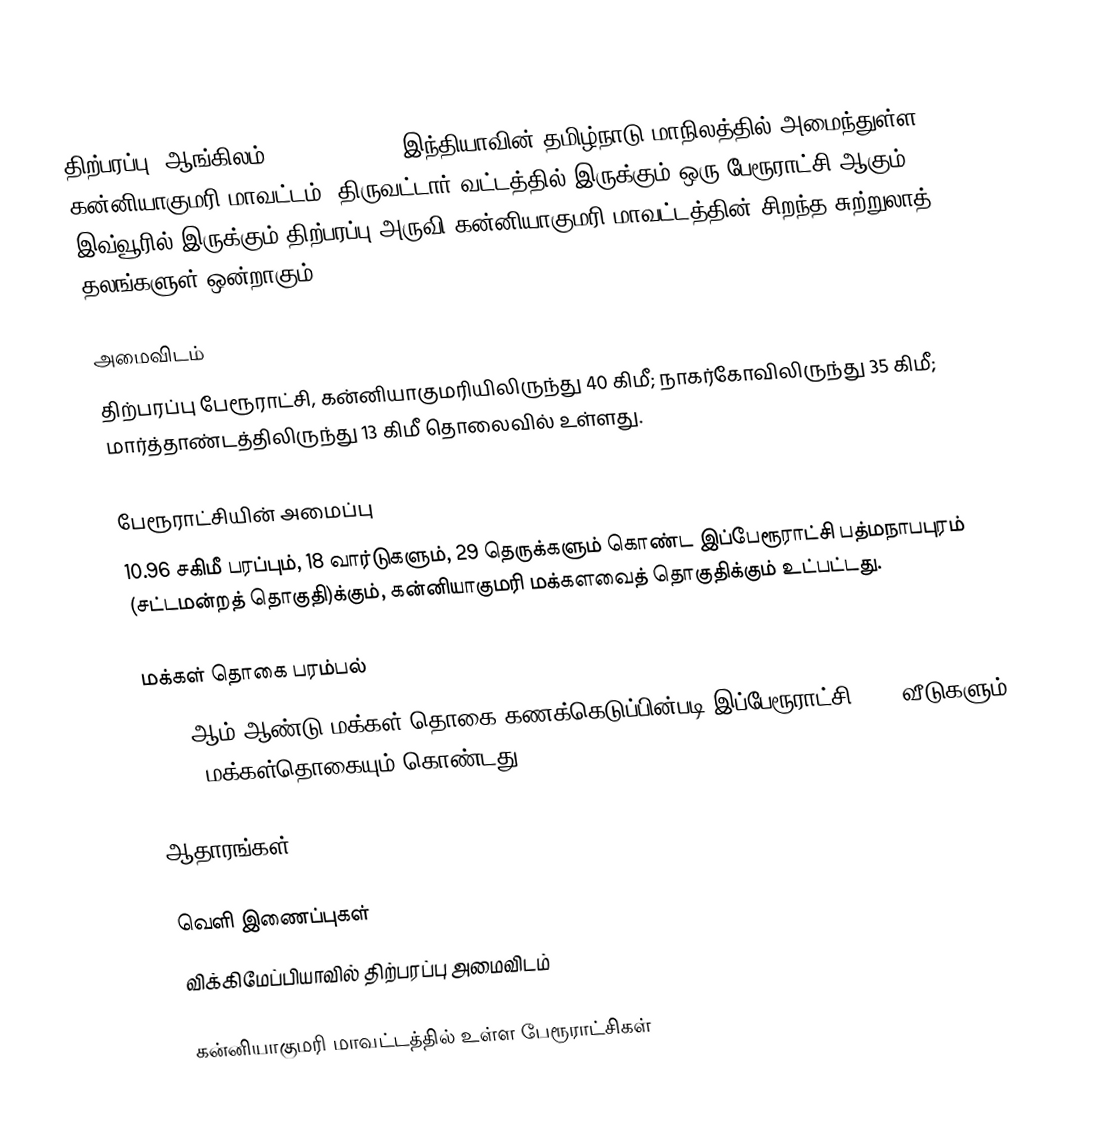
திற்பரப்பு (ஆங்கிலம்:Thiruparappu), இந்தியாவின் தமிழ்நாடு மாநிலத்தில் அமைந்துள்ள கன்னியாகுமரி மாவட்டம், திருவட்டார் வட்டத்தில் இருக்கும் ஒரு பேரூராட்சி ஆகும். இவ்வூரில் இருக்கும் திற்பரப்பு அருவி கன்னியாகுமரி மாவட்டத்தின் சிறந்த சுற்றுலாத் தலங்களுள் ஒன்றாகும்.

அமைவிடம்
திற்பரப்பு பேரூராட்சி, கன்னியாகுமரியிலிருந்து 40 கிமீ; நாகர்கோவிலிருந்து 35 கிமீ; மார்த்தாண்டத்திலிருந்து 13 கிமீ தொலைவில் உள்ளது.

பேரூராட்சியின் அமைப்பு
10.96 சகிமீ பரப்பும், 18 வார்டுகளும், 29 தெருக்களும் கொண்ட இப்பேரூராட்சி  பத்மநாபபுரம் (சட்டமன்றத் தொகுதி)க்கும், கன்னியாகுமரி மக்களவைத் தொகுதிக்கும் உட்பட்டது.

மக்கள் தொகை பரம்பல்
2011-ஆம் ஆண்டு மக்கள் தொகை கணக்கெடுப்பின்படி  இப்பேரூராட்சி                                     5839 வீடுகளும், 22401 மக்கள்தொகையும் கொண்டது.

ஆதாரங்கள்

வெளி இணைப்புகள்
 விக்கிமேப்பியாவில் திற்பரப்பு அமைவிடம்

கன்னியாகுமரி மாவட்டத்தில் உள்ள பேரூராட்சிகள்